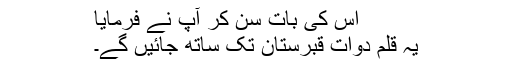
اس کی بات سن کر آپ نے فرمایا
یہ قلم دوات قبرستان تک ساتھ جائیں گے۔